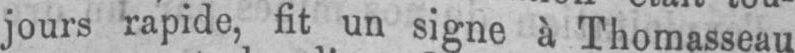
jours rapide, fit un signe à Thomasseau